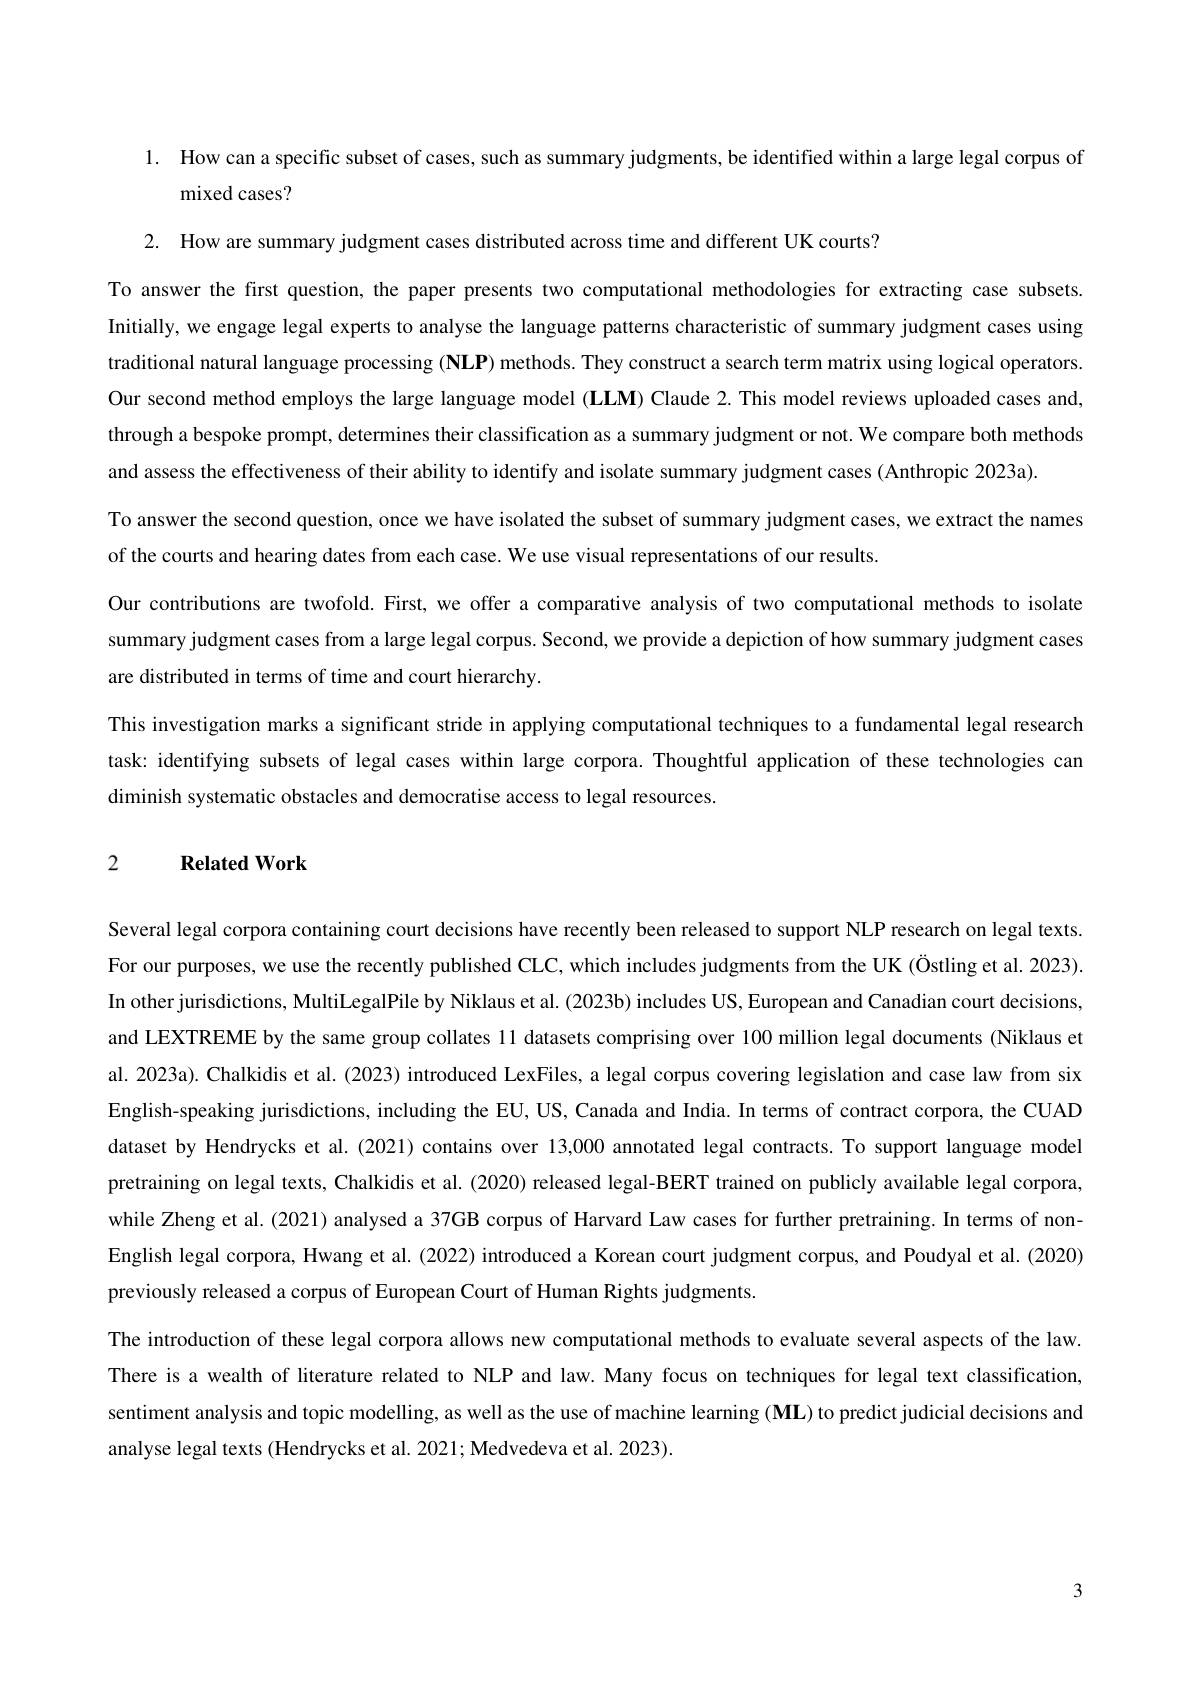
1. How can a specific subset of cases, such as summary judgments, be identified within a large legal corpus of

mixed cases?

2. How are summary judgment cases distributed across time and different UK courts?
To answer the first question, the paper presents two computational methodologies for extracting case subsets. Initially, we engage legal experts to analyse the language patterns characteristic of summary judgment cases using traditional natural language processing (NLP) methods. They construct a search term matrix using logical operators. Our second method employs the large language model (LLM) Claude 2. This model reviews uploaded cases and, through a bespoke prompt, determines their classification as a summary judgment or not. We compare both methods and assess the effectiveness of their ability to identify and isolate summary judgment cases (Anthropic 2023a)
To answer the second question, once we have isolated the subset of summary judgment cases, we extract the names
of the courts and hearing dates from each case. We use visual representations of our results
Our contributions are twofold. First, we offer a comparative analysis of two computational methods to isolate summary judgment cases from a large legal corpus. Second, we provide a depiction of how summary judgment cases are distributed in terms of time and court hierarchy.
This investigation marks a significant stride in applying computational techniques to a fundamental legal research task: identifying subsets of legal cases within large corpora. Thoughtful application of these technologies can diminish systematic obstacles and democratise access to legal resources

## 2 Related Work

Several legal corpora containing court decisions have recently been released to support NLP research on legal texts. For our purposes, we use the recently published CLC, which includes judgments from the UK (Östling et al. 2023). In other jurisdictions, MultiLegalPile by Niklaus et al. (2023b) includes US, European and Canadian court decisions, and LEXTREME by the same group collates 11 datasets comprising over 100 million legal documents (Niklaus et al. 2023a). Chalkidis et al. (2023) introduced LexFiles, a legal corpus covering legislation and case law from six English-speaking jurisdictions, including the EU, US, Canada and India. In terms of contract corpora, the CUAD dataset by Hendrycks et al.(2021) contains over 13,000 annotated legal contracts. To support language model pretraining on legal texts, Chalkidis et al. (2020) released legal-BERT trained on publicly available legal corpora, while Zheng et al.(2021) analysed a 37GB corpus of Harvard Law cases for further pretraining. In terms of nonEnglish legal corpora, Hwang et al. (2022) introduced a Korean court judgment corpus, and Poudyal et al. (2020) previously released a corpus of European Court of Human Rights judgments.
The introduction of these legal corpora allows new computational methods to evaluate several aspects of the law. There is a wealth of literature related to NLP and law. Many focus on techniques for legal text classification, sentiment analysis and topic modelling, as well as the use of machine learning (ML) to predict judicial decisions and analyse legal texts (Hendrycks et al. 2021; Medvedeva et al. 2023).

3